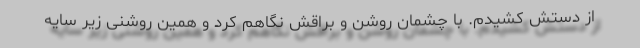
از دستش کشیدم. با چشمان روشن و برّاقش نگاهم کرد و همین روشنی زیر سایه